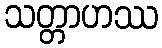
သတ္တာဟဿ